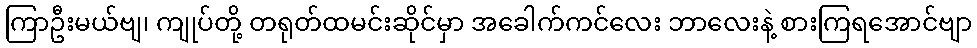
ကြာဦးမယ်ဗျ၊ ကျုပ်တို့ တရုတ်ထမင်းဆိုင်မှာ အခေါက်ကင်လေး ဘာလေးနဲ့ စားကြရအောင်ဗျာ